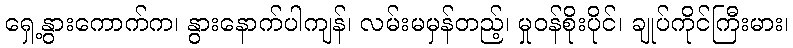
ရှေ့နွားကောက်က၊ နွားနောက်ပါကျန်၊ လမ်းမမှန်တည့်၊ မှုဝန်စိုးပိုင်၊ ချုပ်ကိုင်ကြီးမား၊